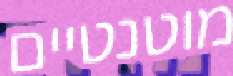
מוטנטיים